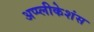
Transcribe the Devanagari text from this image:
अप्प्लीकेशंस